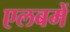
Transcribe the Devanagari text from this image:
एलबमें